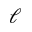
\ell